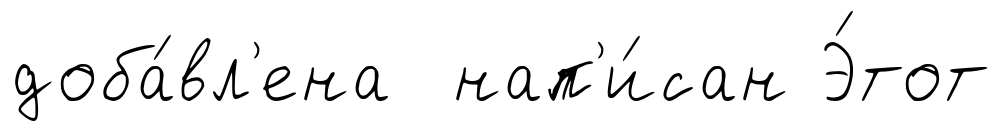
доба́вл'ена нап'и́сан Э́тот